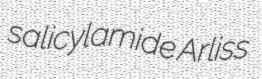
salicylamide Arliss